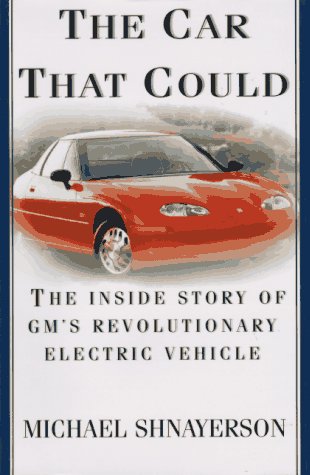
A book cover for The Car That Could: The Inside Story of GM's Revolutionary Electric Vehicle; Michael Shnayerson; Engineering & Transportation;